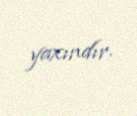
yaxındır.